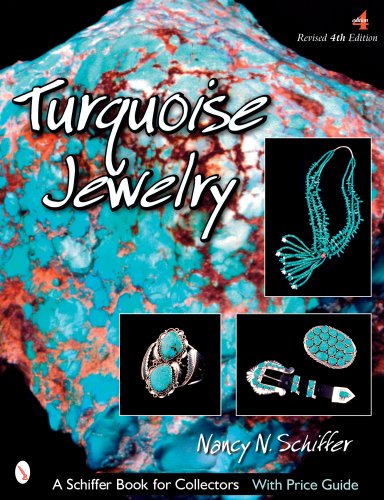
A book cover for Turquoise Jewelry; Nancy N. Schiffer; Crafts, Hobbies & Home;